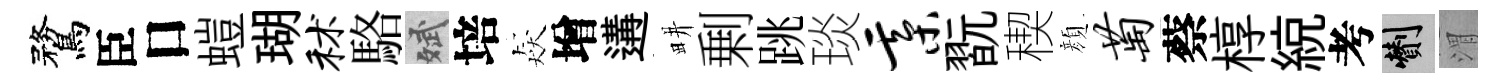
鶩臣口螘瑚秫駱斌培猋增遘畊剰跳琰綦翫稧顔萄蔡椁綂考剪渭